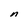
Character: n